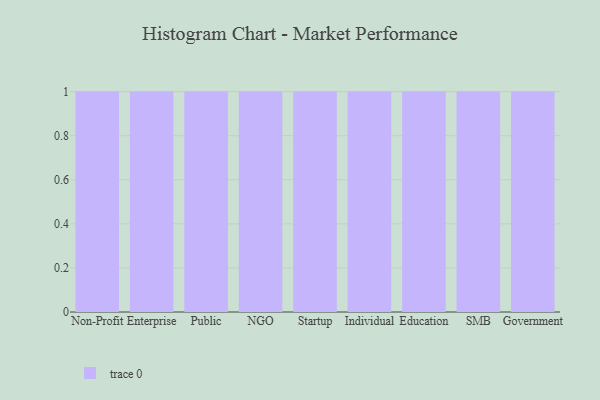
{"axis": {"x": "Segment", "y": "Operating Costs (USD K)"}, "legend": [""], "data": [{"x": "Non-Profit", "y": 20, "type": ""}, {"x": "Enterprise", "y": 38, "type": ""}, {"x": "Public", "y": 6, "type": ""}, {"x": "NGO", "y": 71, "type": ""}, {"x": "Startup", "y": 66, "type": ""}, {"x": "Individual", "y": 68, "type": ""}, {"x": "Education", "y": 76, "type": ""}, {"x": "SMB", "y": 33, "type": ""}, {"x": "Government", "y": 39, "type": ""}]}